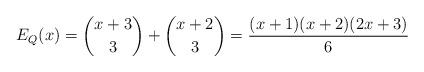
LaTeX: \begin{align*}E_Q(x)= {x+3\choose 3}+{x+2\choose 3} = \frac{(x+1)(x+2)(2x+3)}{6}\end{align*}